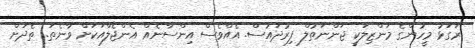
ރަގަޅު މީހުންގެ މަންޒިލަކީ ޖަންނަތުލް ފިރުދައުސް. އެއްވެސް އިންސާނެއް އެންޖެލްއަކަށް ވާނެތަ.. ތެދަށް